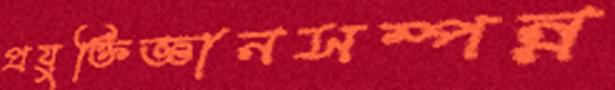
প্রযুক্তিজ্ঞানসম্পন্ন